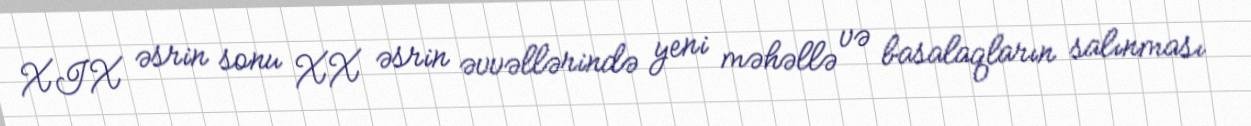
XIX əsrin sonu XX əsrin əvvəllərində yeni məhəllə və basalaqların salınması